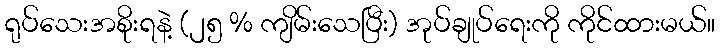
ရုပ်သေးအစိုးရနဲ့ (၂၅ % ကျိမ်းသေပြီး) အုပ်ချုပ်ရေးကို ကိုင်ထားမယ်။